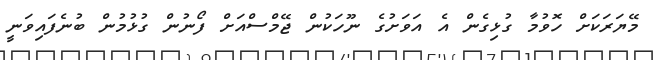
މޭޔަރަކަށް ހޮވުމާ ގުޅިގެން އެ އަވަށުގެ ނޫހަކުން ޖޭމްސްއަށް ފޯނުން ގުޅުމުން ބުނެފައިވަނީ